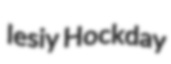
lesiy Hockday